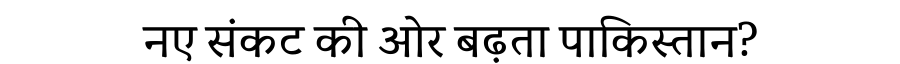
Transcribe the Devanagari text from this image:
नए संकट की ओर बढ़ता पाकिस्तान?